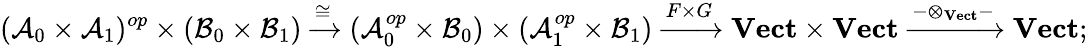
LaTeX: (\mathcal{A}_{0}\times\mathcal{A}_{1})^{op}\times(\mathcal{B}_{0}\times\mathcal{B}_{1})\xrightarrow{\cong}(\mathcal{A}_{0}^{op}\times\mathcal{B}_{0})\times(\mathcal{A}_{1}^{op}\times\mathcal{B}_{1})\xrightarrow{F\times G}{\boldsymbol{\mathrm{Vect}}}\times{\boldsymbol{\mathrm{Vect}}}\xrightarrow{-\otimes_{\boldsymbol{\mathrm{Vect}}}-}{\boldsymbol{\mathrm{Vect}}};